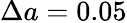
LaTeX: \Delta a=0.05